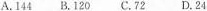
A.144B.120C.72D.24